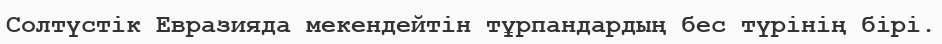
Солтүстік Евразияда мекендейтін тұрпандардың бес түрінің бірі.